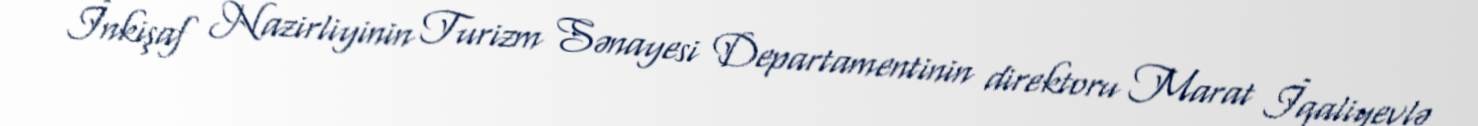
İnkişaf Nazirliyinin Turizm Sənayesi Departamentinin direktoru Marat İqaliyevlə